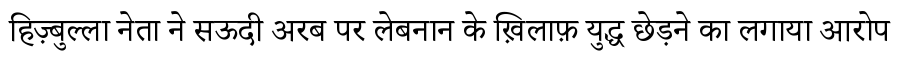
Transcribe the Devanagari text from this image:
हिज़्बुल्ला नेता ने सऊदी अरब पर लेबनान के ख़िलाफ़ युद्ध छेड़ने का लगाया आरोप